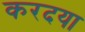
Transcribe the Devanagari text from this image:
करदया